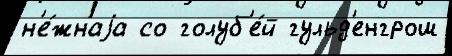
н'е́жнаjа со голуб'е́й гульд'енгрош